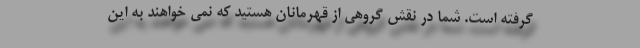
گرفته است. شما در نقش گروهی از قهرمانان هستید که نمی خواهند به این